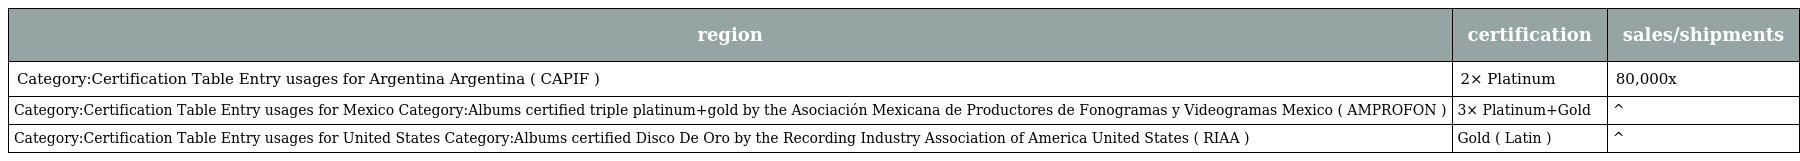
| region | certification | sales/shipments |
 | --- | --- | --- |
 | Category:Certification Table Entry usages for Argentina Argentina ( CAPIF ) | 2× Platinum | 80,000x |
 | Category:Certification Table Entry usages for Mexico Category:Albums certified triple platinum+gold by the Asociación Mexicana de Productores de Fonogramas y Videogramas Mexico ( AMPROFON ) | 3× Platinum+Gold | ^ |
 | Category:Certification Table Entry usages for United States Category:Albums certified Disco De Oro by the Recording Industry Association of America United States ( RIAA ) | Gold ( Latin ) | ^ |